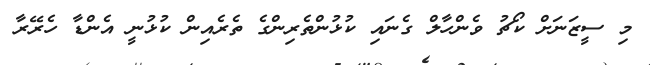
މި ސީޒަނަށް ކޯޗު ވެންހާލް ގެނައި ކުޅުންތެރިންގެ ތެރެއިން ކުޅުނީ އެންޑާ ހެރޭރާ